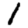
Digit: 1